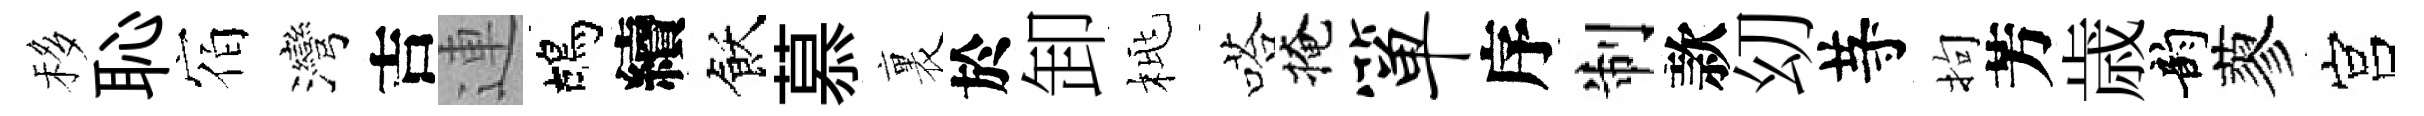
移恥宿灣吉連鴣續飫慕裏於卸桃嗒掩箪序制款㓜䒭拘芳歳韵蓼宫